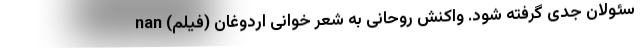
سئولان جدی گرفته شود. واکنش روحانی به شعر خوانی اردوغان (فیلم) nan